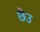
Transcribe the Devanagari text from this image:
छेउ